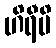
ဟိရီပိ